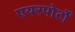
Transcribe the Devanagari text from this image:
एयरपोर्टों